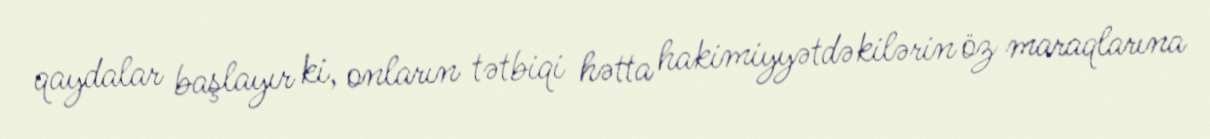
qaydalar başlayır ki, onların tətbiqi hətta hakimiyyətdəkilərin öz maraqlarına